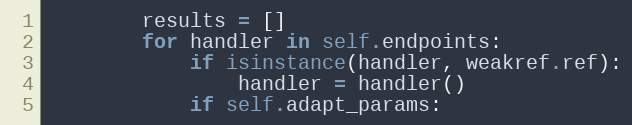
Language: Python
        results = []
        for handler in self.endpoints:
            if isinstance(handler, weakref.ref):
                handler = handler()
            if self.adapt_params: